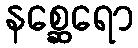
နစ္ဆေရော